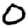
Digit: 0